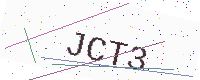
Text: JCT3